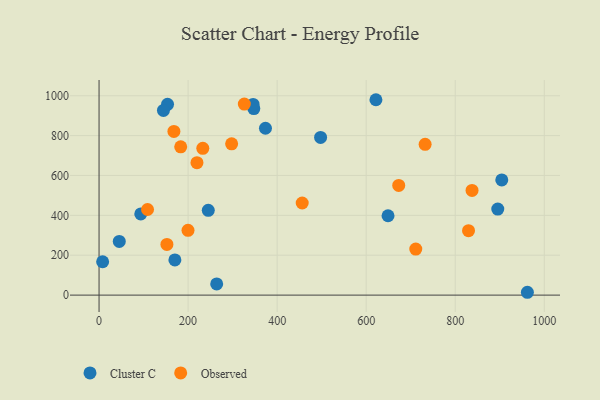
{"axis": {"x": "Price", "y": "Salary"}, "legend": ["Cluster C", "Observed"], "data": [{"x": "904.6", "y": 577.7, "type": "Cluster C"}, {"x": "153.8", "y": 957.1, "type": "Cluster C"}, {"x": "347.6", "y": 935.5, "type": "Cluster C"}, {"x": "93.7", "y": 407.1, "type": "Cluster C"}, {"x": "895.6", "y": 431.7, "type": "Cluster C"}, {"x": "621.9", "y": 980.0, "type": "Cluster C"}, {"x": "8.0", "y": 167.3, "type": "Cluster C"}, {"x": "144.6", "y": 926.4, "type": "Cluster C"}, {"x": "170.3", "y": 176.6, "type": "Cluster C"}, {"x": "264.2", "y": 56.1, "type": "Cluster C"}, {"x": "497.6", "y": 790.8, "type": "Cluster C"}, {"x": "346.0", "y": 956.4, "type": "Cluster C"}, {"x": "245.3", "y": 425.2, "type": "Cluster C"}, {"x": "45.4", "y": 269.2, "type": "Cluster C"}, {"x": "373.8", "y": 836.8, "type": "Cluster C"}, {"x": "649.1", "y": 398.0, "type": "Cluster C"}, {"x": "962.1", "y": 14.2, "type": "Cluster C"}, {"x": "837.8", "y": 524.9, "type": "Observed"}, {"x": "732.4", "y": 756.4, "type": "Observed"}, {"x": "829.9", "y": 323.0, "type": "Observed"}, {"x": "152.4", "y": 254.2, "type": "Observed"}, {"x": "108.9", "y": 429.3, "type": "Observed"}, {"x": "219.9", "y": 664.4, "type": "Observed"}, {"x": "711.4", "y": 230.8, "type": "Observed"}, {"x": "233.0", "y": 736.3, "type": "Observed"}, {"x": "168.1", "y": 821.1, "type": "Observed"}, {"x": "183.4", "y": 743.7, "type": "Observed"}, {"x": "673.1", "y": 550.1, "type": "Observed"}, {"x": "326.3", "y": 958.1, "type": "Observed"}, {"x": "297.8", "y": 758.6, "type": "Observed"}, {"x": "199.8", "y": 324.7, "type": "Observed"}, {"x": "456.3", "y": 461.9, "type": "Observed"}]}